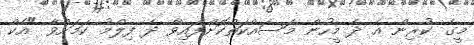
މީގެ ކުރިން އެ ދެ މީހުން މަސައްކަތްކޮށްފައިވާ ދެ ފިލްމު ކަމަށްވާ "އެކް